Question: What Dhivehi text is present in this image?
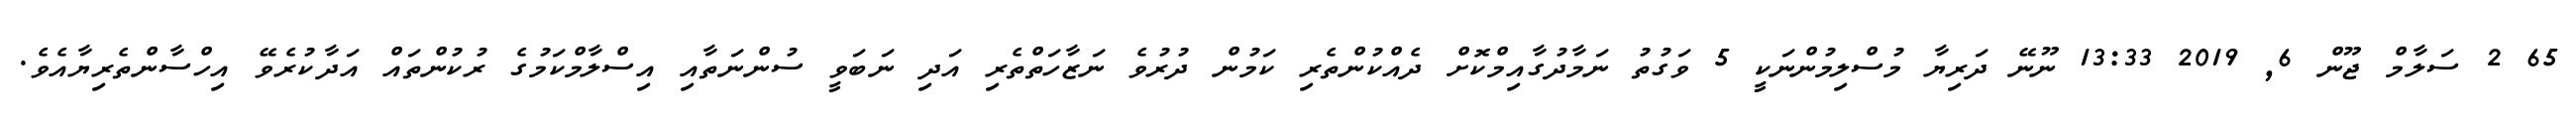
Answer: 65 2 ސަލާމް ޖޫން 6, 2019 13:33 ނޫނޭ ދަރިޔާ މުސްލިމުންނަކީ 5 ވަގުތު ނަމާދުގާއިމްކޮށް ދެއްކުންތެރި ކަމުން ދުރުވެ ނަޒާހަތްތެރި އަދި ނަބަވީ ސުންނަތާއި އިސްލާމްކަމުގެ ރުކުންތައް އަދާކުރެވޭ އިހްސާންތެރިޔާއެވެ.